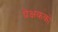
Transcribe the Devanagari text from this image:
प्रेक्षकको